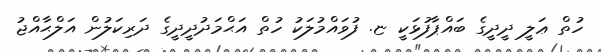
ހުތް ޢަލީ ދީދީގެ ބައްޕާފުޅަކީ ޏ. ފުވައްމުލަކު ހުތް އަޙްމަދުދީދީގެ ދަރިކަލުން އަލްޙާއްޖު